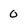
Character: 0